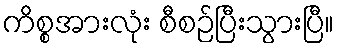
ကိစ္စအားလုံး စီစဉ်ပြီးသွားပြီ။